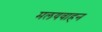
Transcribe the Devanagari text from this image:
मलयवाहन